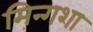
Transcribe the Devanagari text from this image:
मिन्गशा